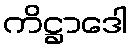
ကိဋ္ဌာဒေါ